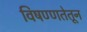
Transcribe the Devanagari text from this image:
विषण्णतेतून